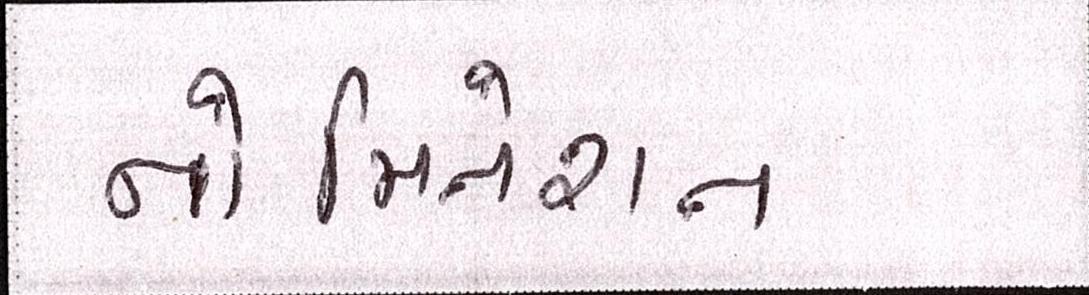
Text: નોમિનેશન